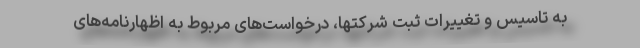
به تاسیس و تغییرات ثبت شرکتها، درخواست‌های مربوط به اظهارنامه‌های